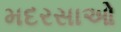
મદરસાઓ